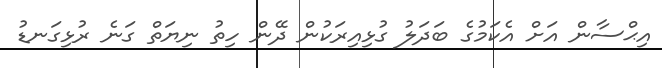
އިޙްސާން އަށް އެކަމުގެ ބަދަލު ގުޅިއިރަކުން ދޭން ހިތު ނިޔަތް ގަނެ ރުޅިގަނޑު